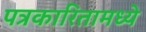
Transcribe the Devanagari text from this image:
पत्रकारितामध्ये